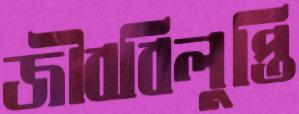
জীববিলুপ্তি